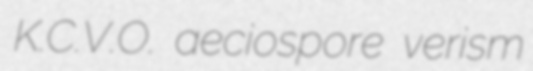
K.C.V.O. aeciospore verism